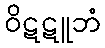
ဝိဋဋူဘံ